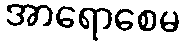
အာရောစေမ